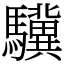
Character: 驥